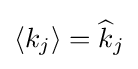
\langle k_{j}\rangle ={\widehat {k}}_{j}